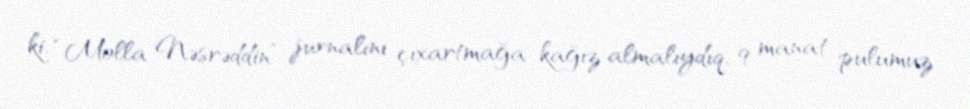
ki, “Molla Nəsrəddin” jurnalını çıxartmağa kağız almalıydıq, 9 manat pulumuz